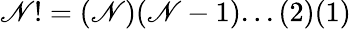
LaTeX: \mathscr{N}!=(\mathscr{N})(\mathscr{N}-1)...(2)(1)